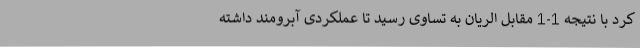
کرد با نتیجه 1-1 مقابل الریان به تساوی رسید تا عملکردی آبرومند داشته